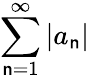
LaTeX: \sum_{\mathsf{n}=1}^{\infty}\left|a_{\mathsf{n}}\right\vert